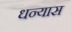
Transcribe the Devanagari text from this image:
धन्यास